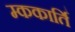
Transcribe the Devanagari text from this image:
म्ककार्ति